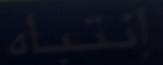
إنتباه